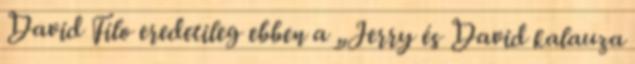
David Filo eredetileg ebben a „Jerry és David kalauza